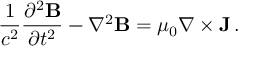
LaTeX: { \frac { 1 } { c ^ { 2 } } } { \frac { \partial ^ { 2 } \mathbf { B } } { \partial t ^ { 2 } } } - \nabla ^ { 2 } \mathbf { B } = \mu _ { 0 } \nabla \times \mathbf { J } \, .